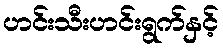
ဟင်းသီးဟင်းရွက်နှင့်